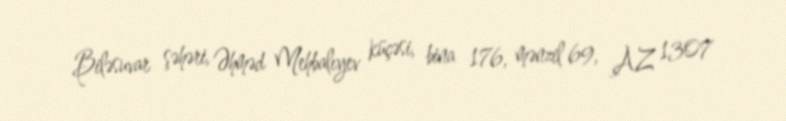
Biləsuvar şəhəri, Əhməd Mehbalıyev küçəsi, bina 176, mənzil 69, AZ 1307